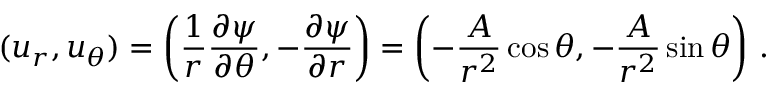
( u _ { r } , u _ { \theta } ) = \left( { \frac { 1 } { r } } { \frac { \partial \psi } { \partial \theta } } , - { \frac { \partial \psi } { \partial r } } \right) = \left( - { \frac { A } { r ^ { 2 } } } \cos \theta , - { \frac { A } { r ^ { 2 } } } \sin \theta \right) \, .